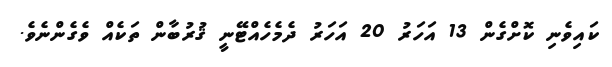
ކައިވެނި ކޮށްގެން 13 އަހަރު 20 އަހަރު ދެމެހެއްޓޭނީ ޤުރުބާން ތަކެއް ވެގެންނެވެ.